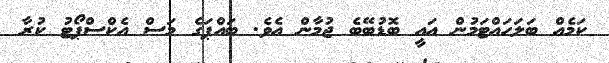
ކަމެއް ބަލަހައްޓަމުން އައީ ބޮޑުބޭބެ ޖުމާން އެވެ. ބައްޕަގެ މަސް އެކްސްޕޯޓު ކުރާ